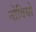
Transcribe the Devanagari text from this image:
नोवियो